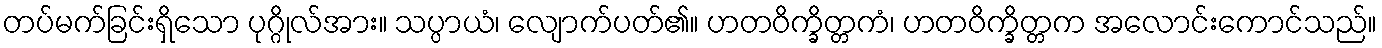
တပ်မက်ခြင်းရှိသော ပုဂ္ဂိုလ်အား။ သပ္ပာယံ၊ လျောက်ပတ်၏။ ဟတဝိက္ခိတ္တကံ၊ ဟတဝိက္ခိတ္တက အလောင်းကောင်သည်။